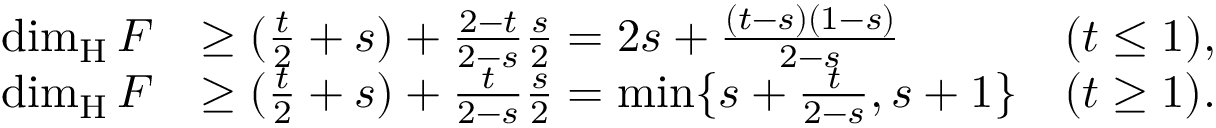
\begin{array} { r l r } { \dim _ { \mathrm { H } } F } & { \geq ( \frac { t } { 2 } + s ) + \frac { 2 - t } { 2 - s } \frac { s } { 2 } = 2 s + \frac { ( t - s ) ( 1 - s ) } { 2 - s } } & { ( t \le 1 ) , } \\ { \dim _ { \mathrm { H } } F } & { \geq ( \frac { t } { 2 } + s ) + \frac { t } { 2 - s } \frac { s } { 2 } = \operatorname* { m i n } \{ s + \frac { t } { 2 - s } , s + 1 \} } & { ( t \ge 1 ) . } \end{array}